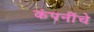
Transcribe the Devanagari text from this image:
कंपनींचे